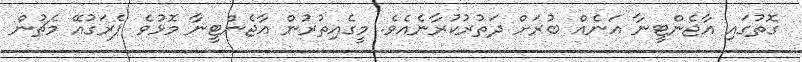
ގޮތުގައި އާޖެންޓީނާ އަނެއް ބުރަށް ދަތުރުކުރާނެއެވެ. މީގެއިތުރުން އާޖެންޓީނާ މޮޅުވެ ޕެރަގުއޭ މެޗުން